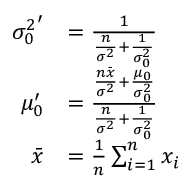
{ \begin{array} { r l } { { \sigma _ { 0 } ^ { 2 } } ^ { \prime } } & { = { \frac { 1 } { { \frac { n } { \sigma ^ { 2 } } } + { \frac { 1 } { \sigma _ { 0 } ^ { 2 } } } } } } \\ { \mu _ { 0 } ^ { \prime } } & { = { \frac { { \frac { n { \bar { x } } } { \sigma ^ { 2 } } } + { \frac { \mu _ { 0 } } { \sigma _ { 0 } ^ { 2 } } } } { { \frac { n } { \sigma ^ { 2 } } } + { \frac { 1 } { \sigma _ { 0 } ^ { 2 } } } } } } \\ { { \bar { x } } } & { = { \frac { 1 } { n } } \sum _ { i = 1 } ^ { n } x _ { i } } \end{array} }